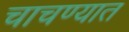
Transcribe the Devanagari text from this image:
चाचण्यात